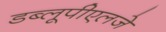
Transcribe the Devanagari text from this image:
डब्लूपीएलजे